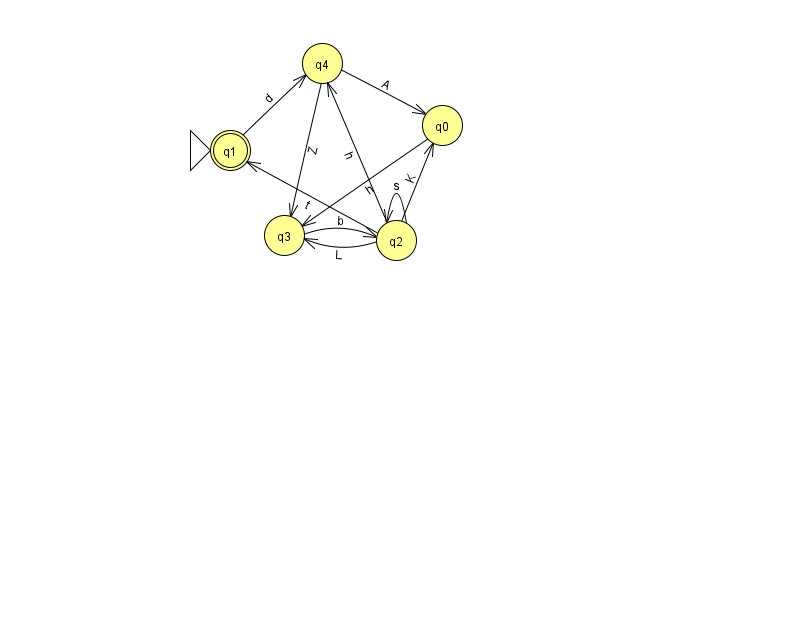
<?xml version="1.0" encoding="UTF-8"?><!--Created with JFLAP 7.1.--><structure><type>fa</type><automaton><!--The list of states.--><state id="0" name="q0"><x>442.0</x><y>112.0</y></state><state id="1" name="q1"><x>230.0</x><y>137.0</y><initial/><final/></state><state id="2" name="q2"><x>396.0</x><y>227.0</y></state><state id="3" name="q3"><x>284.0</x><y>222.0</y></state><state id="4" name="q4"><x>322.0</x><y>50.0</y></state><!--The list of transitions.--><transition><from>2</from><to>4</to><read>h</read></transition><transition><from>1</from><to>4</to><read>d</read></transition><transition><from>2</from><to>2</to><read>s</read></transition><transition><from>2</from><to>0</to><read>K</read></transition><transition><from>2</from><to>3</to><read>L</read></transition><transition><from>4</from><to>0</to><read>A</read></transition><transition><from>2</from><to>1</to><read>t</read></transition><transition><from>3</from><to>2</to><read>b</read></transition><transition><from>4</from><to>3</to><read>Z</read></transition><transition><from>0</from><to>3</to><read>h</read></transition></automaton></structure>